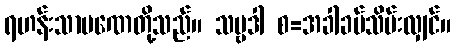
ရဟန်းသာမဏေတို့သည်။ သဗ္ဗဒါ စ=အခါခပ်သိမ်းလျှင်။